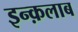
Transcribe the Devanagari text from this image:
इन्क़लाब